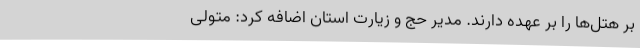
بر هتل‌ها را بر عهده دارند. مدیر حج و زیارت استان اضافه کرد: متولی